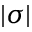
| \sigma |